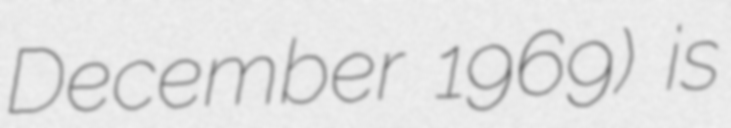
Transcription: December 1969) is